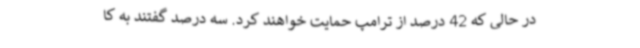
در حالی که 42 درصد از ترامپ حمایت خواهند کرد. سه درصد گفتند به کا